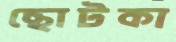
ছোটকা